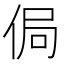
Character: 侷